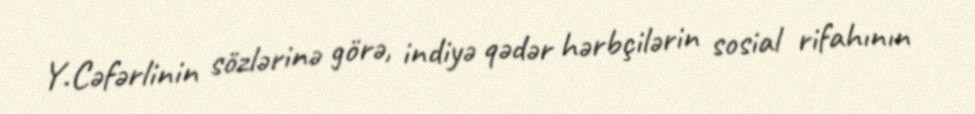
Y.Cəfərlinin sözlərinə görə, indiyə qədər hərbçilərin sosial rifahının